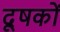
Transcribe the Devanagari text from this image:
दूषकों